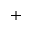
^ +